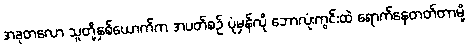
အခုတလော သူတို့နှစ်ယောက်က အပတ်စဉ် ပုံမှန်လို ဘောလုံးကွင်းထဲ ရောက်နေတတ်တာမို့